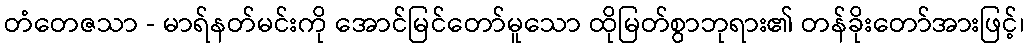
တံတေဇသာ - မာရ်နတ်မင်းကို အောင်မြင်တော်မူသော ထိုမြတ်စွာဘုရား၏ တန်ခိုးတော်အားဖြင့်၊